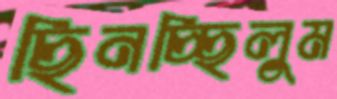
ছিনচ্ছিলুম